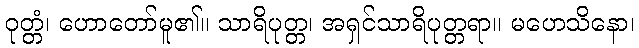
ဝုတ္တံ၊ ဟောတော်မူ၏။ သာရိပုတ္တ၊ အရှင်သာရိပုတ္တရာ။ မဟေသိနော၊